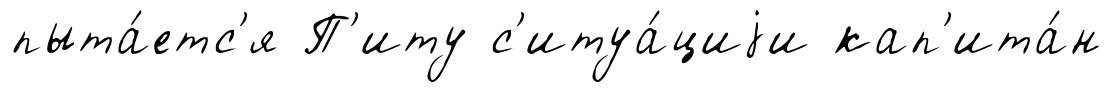
пыта́етс'я П'иту с'итуа́циjи кап'ита́н